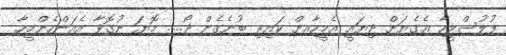
ފުލުސްމީހާ އެގެޔަށް ދިޔައީ އެމީހާއށް ކައިރި ބުނެގެން ދޯ..... މޮޔަ ނުގޮވާ އެއަންހެންމީހާ